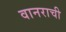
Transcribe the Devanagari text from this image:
वानराची